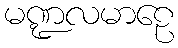
မဏ္ဍလမာဠေ